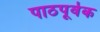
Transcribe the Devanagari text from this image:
पाठपूर्वक